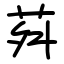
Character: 荈